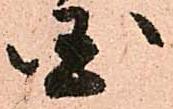
国